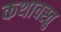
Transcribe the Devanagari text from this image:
कथावस्‍तु